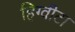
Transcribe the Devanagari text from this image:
हिग्वीटा